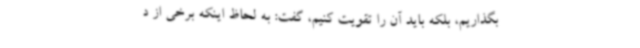
بگذاریم، بلکه باید آن را تقویت کنیم، گفت: به لحاظ اینکه برخی از د